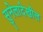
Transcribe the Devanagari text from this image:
सुनेलादेखील